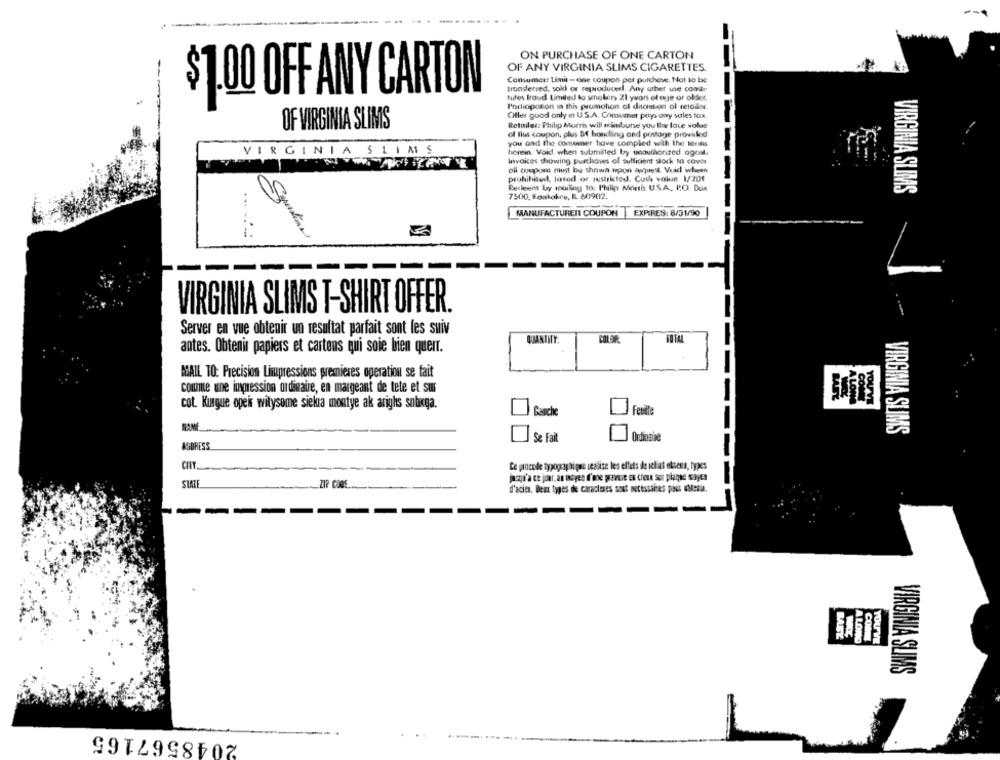
ON PURCHASE OF ONE CARTON
OF ANY VIRGINIA SLIMS CIGARETTES.
Consumer: Limit -one coupon per purchase, Not to be
transferred, sold or reproduced. Any other use comar
$1.00 OFF ANY CARTON
tutes Iroud Limited to smokers 21 years of age or olddet.
l'ortiopotion in this promotion of diauton of retailer.
OHtler good only in U.S.A. Consumer pays ony soles tox.
OF VIRGINIA SLIMS
Retailes: Philip Morris will mimbunse you the face volue
ol lius coupon, plus Sf handling ond postage provided
you and the consumer have compled with the torms
VIRGINIA SLIMS
herein. Void, when submitted by unauthorized ogest.
Invokes showing purchases of sufficient stock to cover
oll coupons must be shown upon aquest Void wheen
prohibited, lared of restricted. Cush volun 1/201
Reckeen Ly soiling 10: Philip Morris US.A. PO. DUR
VIRGINIA SLIMS
7500, Koakokes, IL 60902.
MANUFACTUREIL COUPON |EXPRES: 8/31/90
Statine
VIRGINIA SLIMS T-SHIRT OFFER
Server en vue obtenir un resultat parfait sont les suiv
10144
antes. Obtenir papiers et cartons qui soie bien quert.
MAIL TO: Precision Limpressions premieres operation se fait
comme une insession ordinaire, en margeant de tete et sur
OUM
cot. Kugue opeis witysome siela montye ak arighs snbxga.
Fenile
Ganche
VIRGINIA SLIMS
Se Fait
Ordinabe
ADDRESS
CITY
Ce procede typographique scalise les effets de il at ettens, types
pasqu'a ce jour, an acyes I'me preuve es creve sor plaque snyes
STARE
ZIP CORE
d'acita. Deux types de caracteres sout accessoires post Meni.
BABY
ALONG
YOU'VE
VIRGINIA SLIMS
2048567165